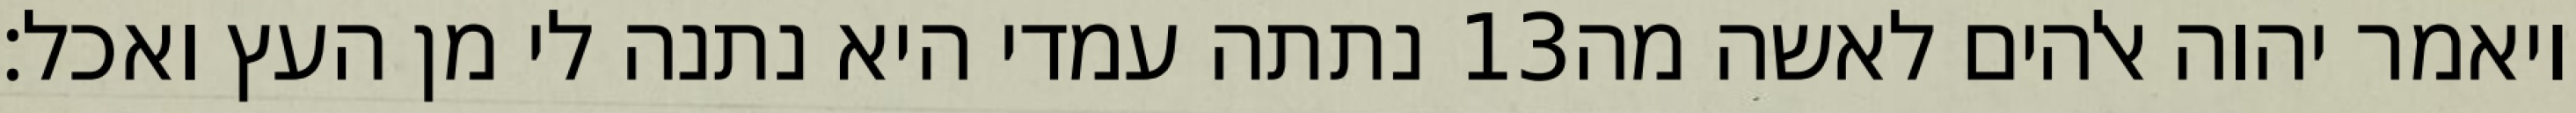
נתתה עמדי היא נתנה לי מן העץ ואכל׃ ‎13‏ ויאמר יהוה אלהים לאשה מה